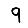
Digit: 9